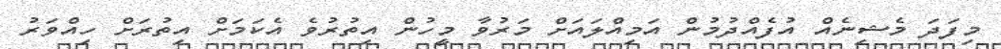
މިފަދަ މެޝިނެއް އުފެއްދުމުން އަމިއްލައަށް މަރުވާ މީހުން އިތުރުވެ އެކަމަށް އިތުރަށް ހިއްވަރު